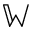
\mathbb { W }